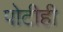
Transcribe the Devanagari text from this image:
पोटीही